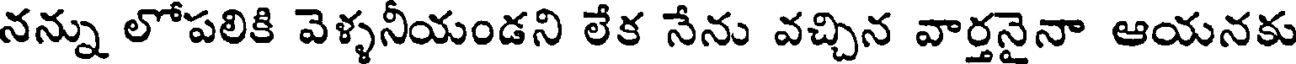
నన్ను లోపలికి వెళ్ళనీయండని లేక నేను వచ్చిన వార్తనైనా ఆయనకు